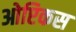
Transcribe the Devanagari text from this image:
ओप्टिकस